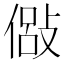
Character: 𫣇